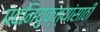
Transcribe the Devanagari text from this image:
पदनियुक्त्यांसाठी